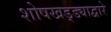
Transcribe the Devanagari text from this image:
शोषखड्ड्याद्वारे